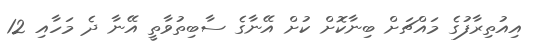
އިއުތިރާފުގެ މައްޗަށް ބިނާކޮށް ކުށް އޭނާގެ ސާބިތުވާތީ އޭނާ ދެ މަހާއި 12